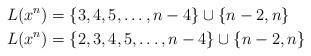
LaTeX: \begin{align*} L(x^n) &= \{3, 4, 5, \ldots, n-4\}\cup \{n-2, n\} \\ L(x^n) &= \{2, 3, 4, 5, \ldots, n-4\}\cup \{n-2, n\} \end{align*}